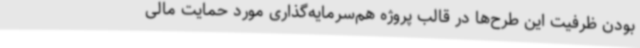
بودن ظرفیت این طرح‌ها در قالب پروژه هم‌سرمایه‌گذاری مورد حمایت مالی